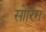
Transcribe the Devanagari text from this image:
सोरिंग